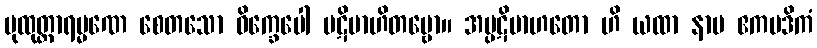
ပုထုတ္တာရမ္မဏေ စေတသော ဝိက္ခေပေါ ပဋိဗာဟိတဗ္ဗော။ အပ္ပဋိဗာဟတော ဟိ ယထာ နာမ ဧကပဒိကံ